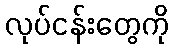
လုပ်ငန်းတွေကို